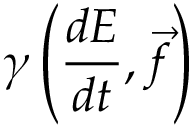
\gamma \left( { \frac { d E } { d t } } , { \vec { f } } \right)